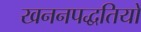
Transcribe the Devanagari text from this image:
खननपद्धतियों